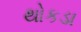
થોકડા